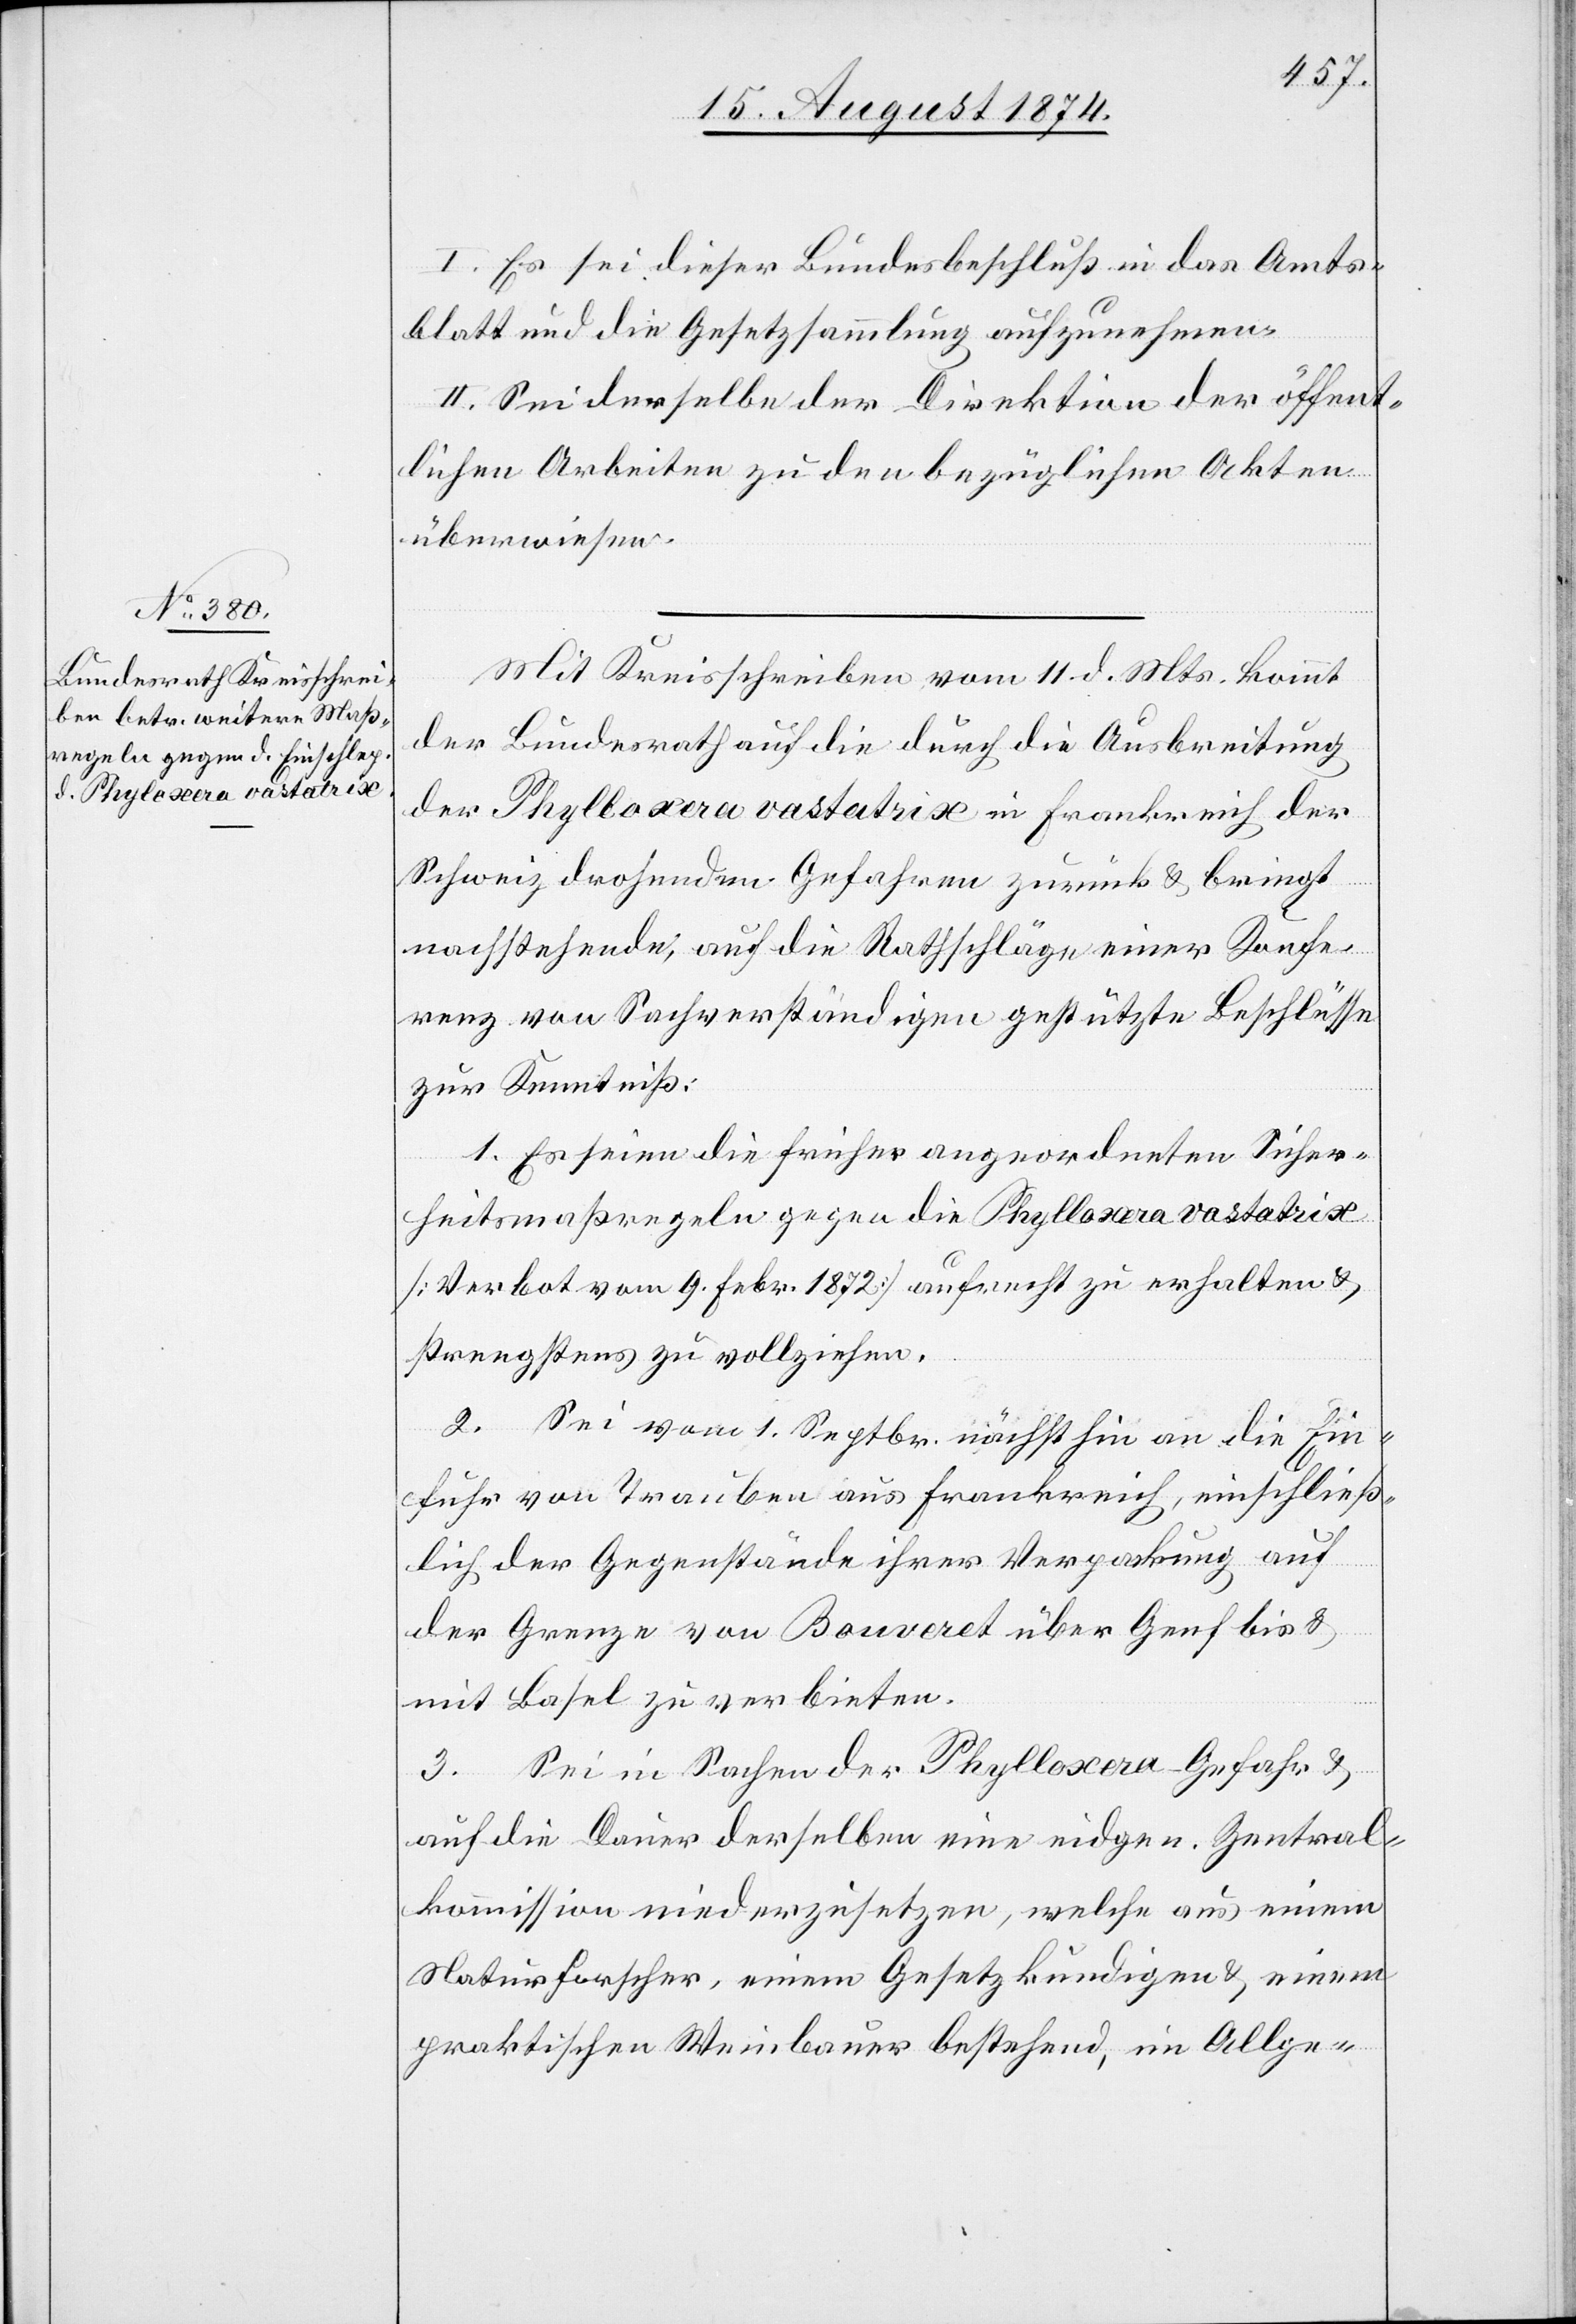
I. Es sei dieser Bundesbeschluß in das Amts¬
blatt und die Gesetzsammlung aufzunehmen.
II. Sei derselbe der Direktion der öffent¬
lichen Arbeiten zu den bezüglichen Akten
überwiesen.
Mit Kreisschreiben vom 11. d. Mts. kommt
der Bundesrath auf die durch die Ausbreitung
der Phylloxera [sic!] vastatrix in Frankreich der
Schweiz drohenden Gefahren zurück u. bringt
nachstehende, auf die Rathschläge einer Konfe¬
renz von Sachverständigen gestützte Beschlüsse
zur Kenntniß:
1. Es seien die früher angeordneten Sicher¬
heitsmaßregeln gegen die Phylloxera vastatrix
[Verbot vom 9. Febr. 172] aufrecht zu erhalten u.
strengstens zu vollziehen.
2. Sei vom 1. Septbr. nächsthin an die Ein¬
fuhr von Trauben aus Frankreich, einschließ¬
lich der Gegenstände ihrer Verpackung auf
der Grenze von Bouveret über Genf bis u.
mit Basel zu verbieten.
3. Sei in Sachen der Phylloxera-Gefahr u.
auf die Dauer derselben eine eidgen. Zentral¬
kommission niederzusetzen, welche aus einem
Naturforscher, einem Gesetzkundigen u. einem
praktischen Weinbauer bestehend, im Allge-